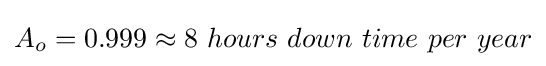
A_{o}=0.999\approx 8\ hours\ down\ time\ per\ year